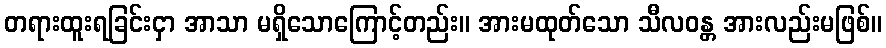
တရားထူးရခြင်းငှာ အာသာ မရှိသောကြောင့်တည်း။ အားမထုတ်သော သီလဝန္တ အားလည်းမဖြစ်။